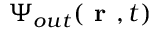
{ \Psi } _ { o u t } ( \textbf { r } , t )